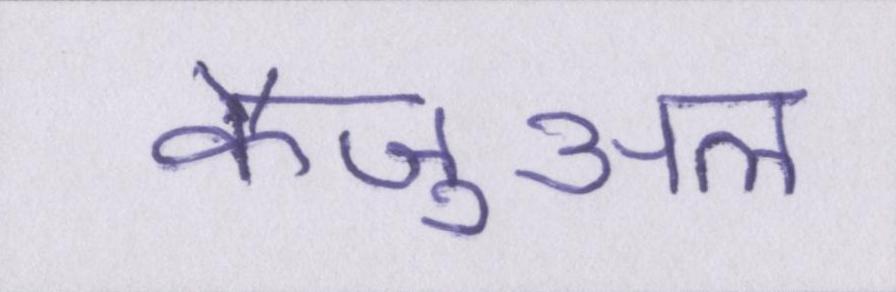
कैज़ुअल